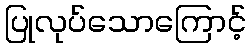
ပြုလုပ်သောကြောင့်